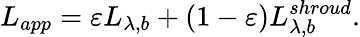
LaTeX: L_{app}=\varepsilon L_{\lambda,b}+\left(1-\varepsilon\right)L_{\lambda,b}^{shroud}\mathrm{.}